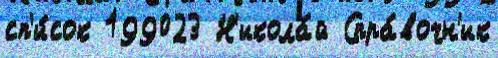
сп'и́сок 199023 Н'икола́й Спра́вочн'ик